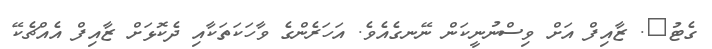
ގެޓު?. ޒާއިފް އަށް ވިސްނުނީކަން ނޭނގެއެވެ. އަހަރެންގެ ވާހަކަތަކާއި ދެކޮޅަށް ޒާއިފް އެއްޗެކޭ